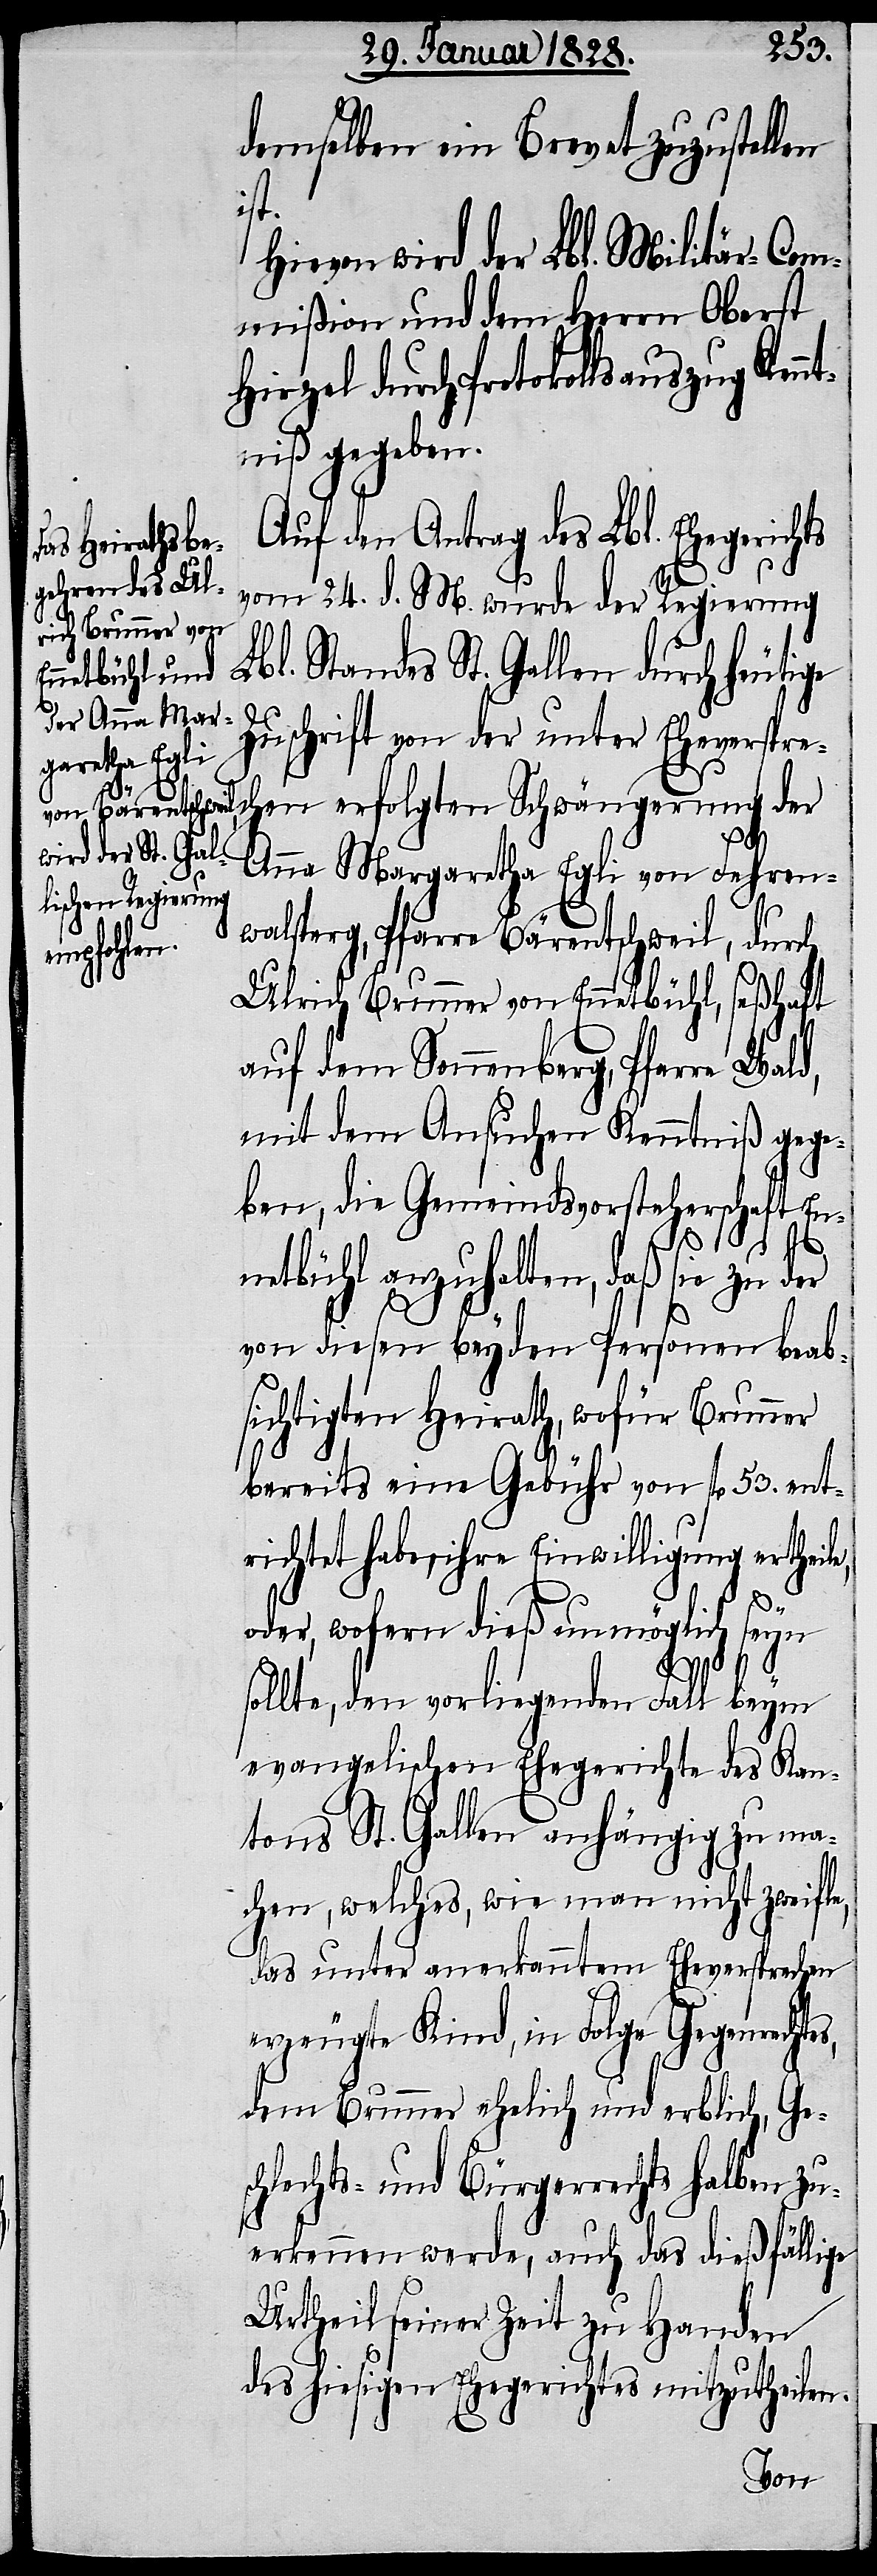
demselben ein Brevet zuzustellen
ist.
Hievon wird der Lbl. Militär-Com¬
mißion und dem Herrn Oberst
Hirzel durch Protokollsauszug Kenn¬
tniß gegeben.
Verfügung wird das L. Ehegericht
vom 24. d. M. wurde der Regierung
Lbl. Standes St. Gallen durch heutige
Zuschrift von der unter Eheversprec¬
hen erfolgten Schwängerung der
Anna Margaretha Egli von Fehren¬
walsperg, Pfarre Bärentschweil, durch
gesetzt.
Ulrich Brunner von Ennetbühl, seßhaft
auf dem Sonnenberg, Pfarre Wald,
mit dem Ansuchen Kenntniß gege¬
ben, die Gemeindsvorsteherschaft En¬
netbühl anzuhalten, daß sie zu der
von diesen beyden Personen beab¬
sichtigten Heirath, wofür Brunner
bereits eine Gebühr von fl 53. ent¬
richtet habe, ihre Einwilligung ertheile,
oder, wofern dieß unmöglich seyn
sollte, den vorliegenden Fall beym
evangelischen Ehegerichte des Kan¬
tons St. Gallen anhängig zu ma¬
chen, welches wie man nicht zweifle,
das unter anerkanntem Eheversprechen
erzeugte Kind, in Folge Gegenrechtes,
dem Brunner ehelich und erblich, Ges¬
chlechts- und Bürgerrechts halben zu¬
erkennen werde, auch das dießfällige
Urtheil seiner Zeit zu Handen
des hiesigen Ehegerichtes mitzutheilen.
Von